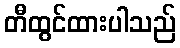
တီထွင်ထားပါသည်